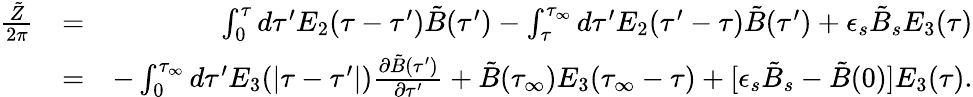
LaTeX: \begin{array}{rlr}{{\frac{\tilde{Z}}{2\pi}}}&{=}&{\int_{0}^{\tau}d\tau^{\prime}E_{2}(\tau-\tau^{\prime})\tilde{B}(\tau^{\prime})-\int_{\tau}^{\tau_{\infty}}d\tau^{\prime}E_{2}(\tau^{\prime}-\tau)\tilde{B}(\tau^{\prime})+\epsilon_{s}\tilde{B}_{s}E_{3}(\tau)}\\ &{=}&{-\int_{0}^{\tau_{\infty}}d\tau^{\prime}E_{3}(\vert\tau-\tau^{\prime}\vert){\frac{\partial\tilde{B}(\tau^{\prime})}{\partial\tau^{\prime}}}+\tilde{B}(\tau_{\infty})E_{3}(\tau_{\infty}-\tau)+[\epsilon_{s}\tilde{B}_{s}-\tilde{B}(0)]E_{3}(\tau).}\end{array}